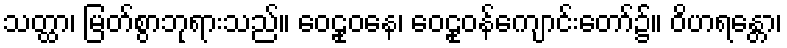
သတ္ထာ၊ မြတ်စွာဘုရားသည်။ ဝေဠုဝနေ၊ ဝေဠုဝန်ကျောင်းတော်၌။ ဝိဟရန္တော၊